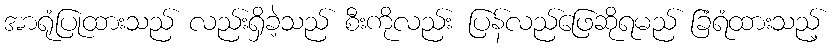
အာရုံပြုထားသည် လည်းရှိခဲ့သည် စီးကိုလည်း ပြန်လည်ဖြေဆိုရမည် ခြံရံထားသည့်